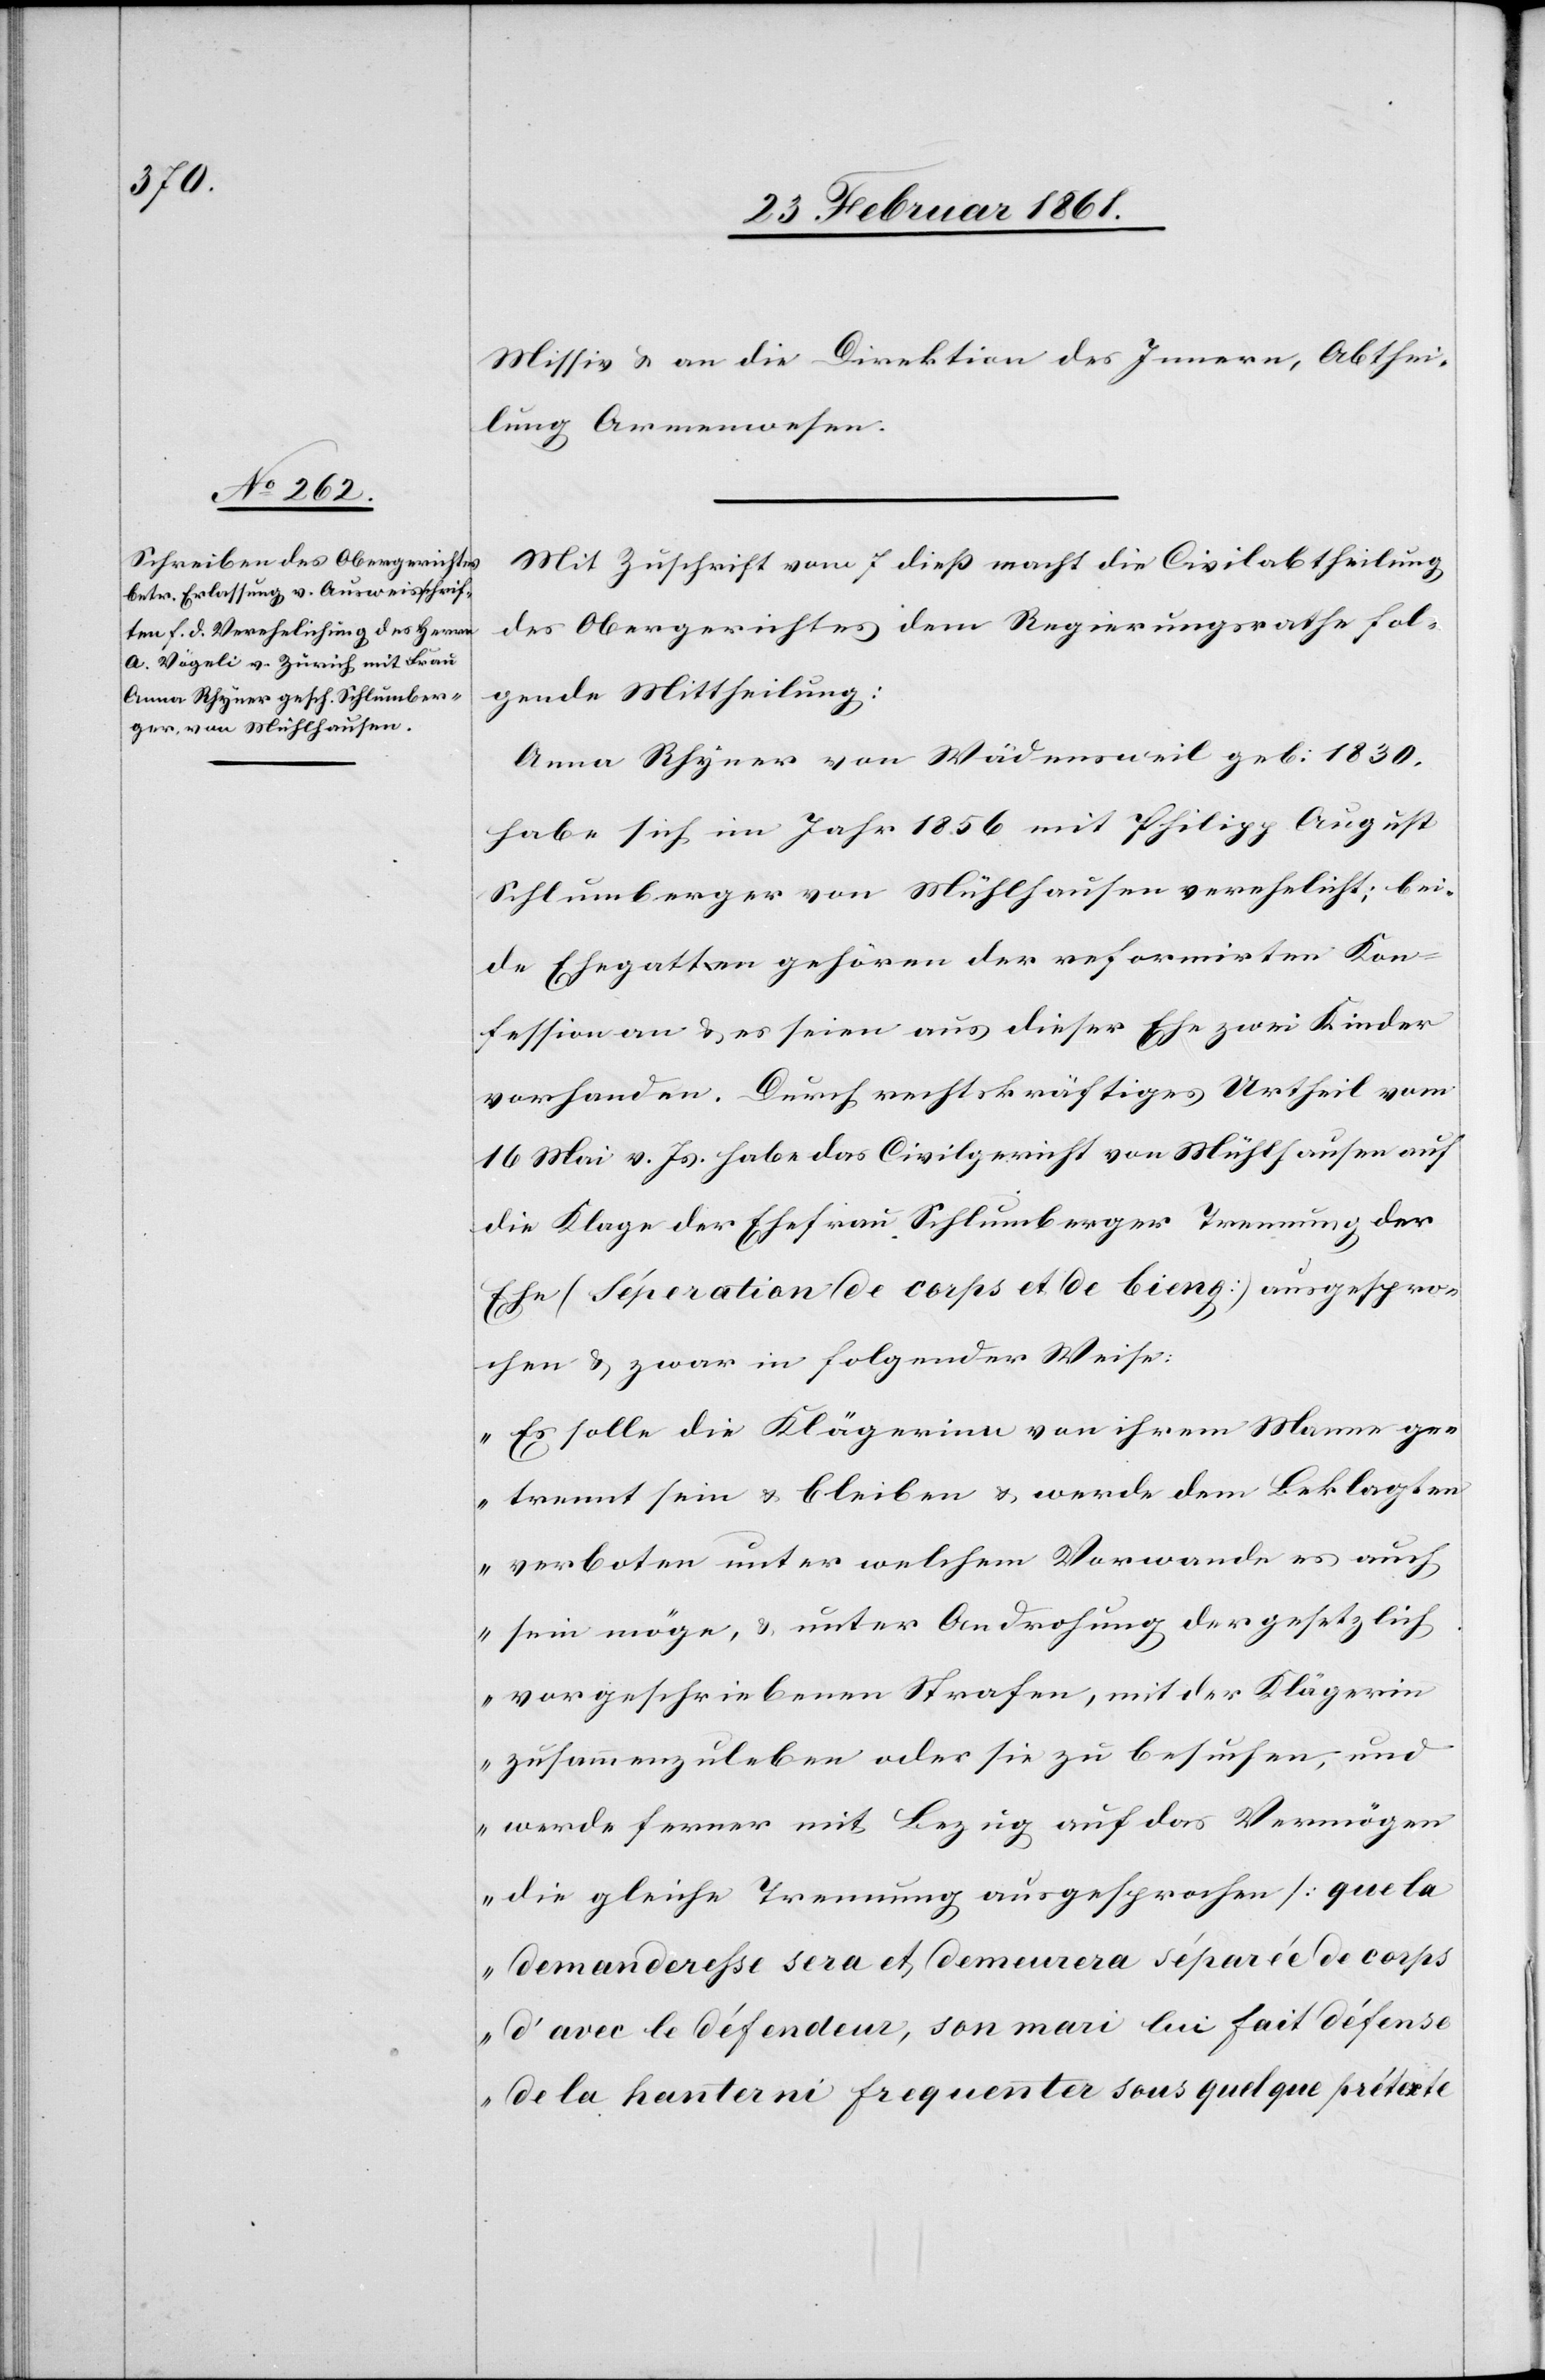
Missiv u. an die Direktion des Innern, Abthei¬
lung Armenwesen.
Mit Zuschrift vom 7. diess macht die Civilabtheilung
des Obergerichtes dem Regierungsrathe fol¬
gende Mittheilung:
Anna Rhyner von Wädensweil geb. 1830,
habe sich im Jahr 1856 mit Philipp August
Schlumberger von Mühlhausen verehelicht; bei¬
de Ehegatten gehören der reformirten Kon¬
fession an u. es seien aus dieser Ehe zwei Kinder
vorhanden. Durch rechtskräftiges Urtheil vom
16. Mai v. Js. habe das Civilgericht von Mühlhausen auf
die Klage der Ehefrau Schlumberger Trennung der
Ehe (Séperation de corps et de bieng) ausgespro¬
chen u. zwar in folgender Weise:
„Es solle die Klägerinn van [sic!] ihrem Manne ge¬
trennt sein u. bleiben u. werde dem Beklagten
verboten unter welchem Vorwande es auch
sein möchte, u. unter Androhung der gesetzlich
vorgeschriebenen Strafen, mit der Klägerin
zusammenzuleben oder sie zu besuchen, und
werde ferner mit Bezug auf das Vermögen
die gleiche Trennung ausgesprochen (que la
d’avec le défendeur, son mari lui fait défense